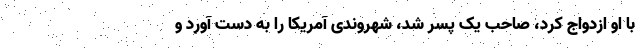
با او ازدواج کرد، صاحب یک پسر شد، شهروندی آمریکا را به دست آورد و